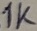
Text: 1K